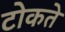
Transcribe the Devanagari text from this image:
टोकते